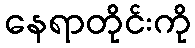
နေရာတိုင်းကို